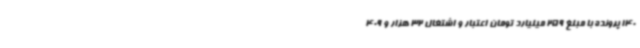
140 پرونده با مبلغ 259 میلیارد تومان اعتبار و اشتغال 32 هزار و 409